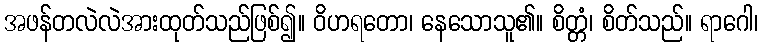
အဖန်တလဲလဲအားထုတ်သည်ဖြစ်၍။ ဝိဟရတော၊ နေသောသူ၏။ စိတ္တံ၊ စိတ်သည်။ ရာဂေါ၊